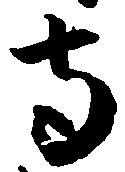
寺